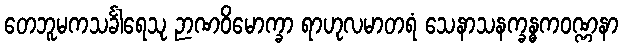
တေဘူမကသင်္ခါရေသု ဉာဏဝိမောက္ခာ ရာဟုလမာတရံ သေနာသနက္ခန္ဓကဝဏ္ဏနာ